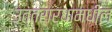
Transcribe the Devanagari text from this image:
उत्तरार्धामधील